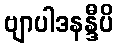
ဗျာပါဒနန္ဒီပိ